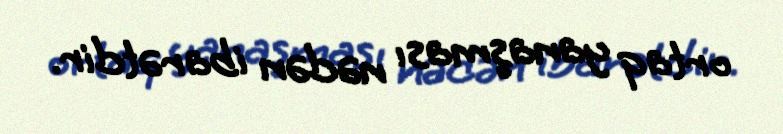
ortaq yanaşması nədən ibarətdir.